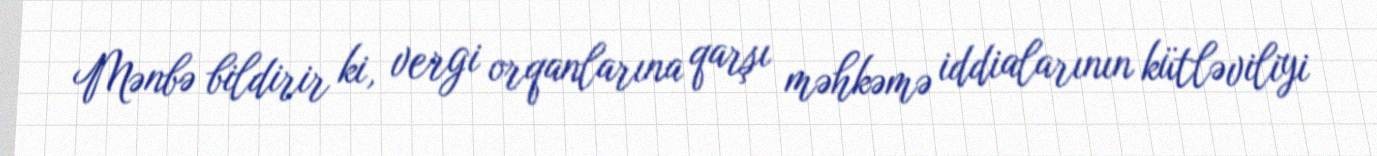
Mənbə bildirir ki, vergi orqanlarına qarşı məhkəmə iddialarının kütləviliyi